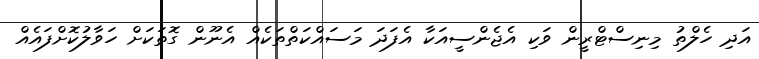
އަދި ހެލްތު މިނިސްޓްރީން ވަކި އެޖެންސީއަކާ އެފަދަ މަސައްކަތްތަކެއް އެނޫން ގޮތަކަށް ހަވާލުކޮށްފައެއް